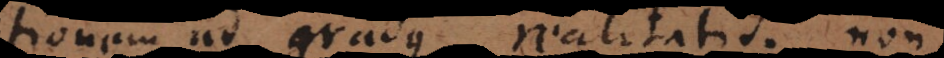
ionem ad gradus realitatis; non